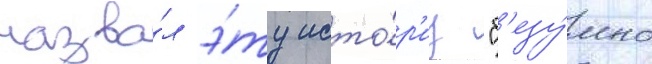
назва́л э́ту исто́р'иу "б'езу́мно